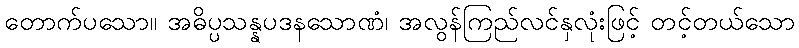
တောက်ပသော။ အဓိပ္ပသန္နပဒနသောဏံ၊ အလွန်ကြည်လင်နှလုံးဖြင့် တင့်တယ်သော